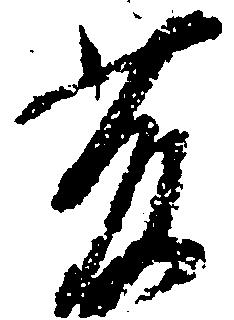
藤